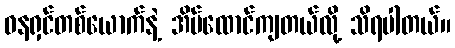
ဓနရှင်တစ်ယောက်နဲ့ အိမ်ထောင်ကျတယ်လို့ သိရပါတယ်။